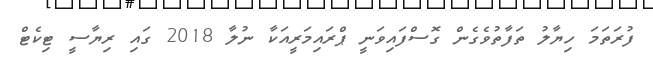
ފުރަތަމަ ހިޔާލު ތަފާތުވެގެން ގޮސްފައިވަނީ ޕްރައިމަރީއަކާ ނުލާ 2018 ގައި ރިޔާސީ ޓިކެޓް